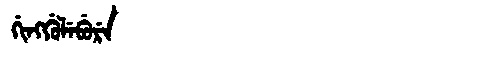
Manchu: ᡤᡳᠩᡤᡠᠯᡝᠪᡠᡵᡝ
Romanization: GINGGULEBURE